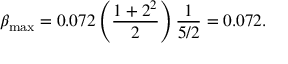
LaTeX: \beta _ { \mathrm { m a x } } = 0 . 0 7 2 \left( { \frac { 1 + 2 ^ { 2 } } { 2 } } \right) { \frac { 1 } { 5 / 2 } } = 0 . 0 7 2 .